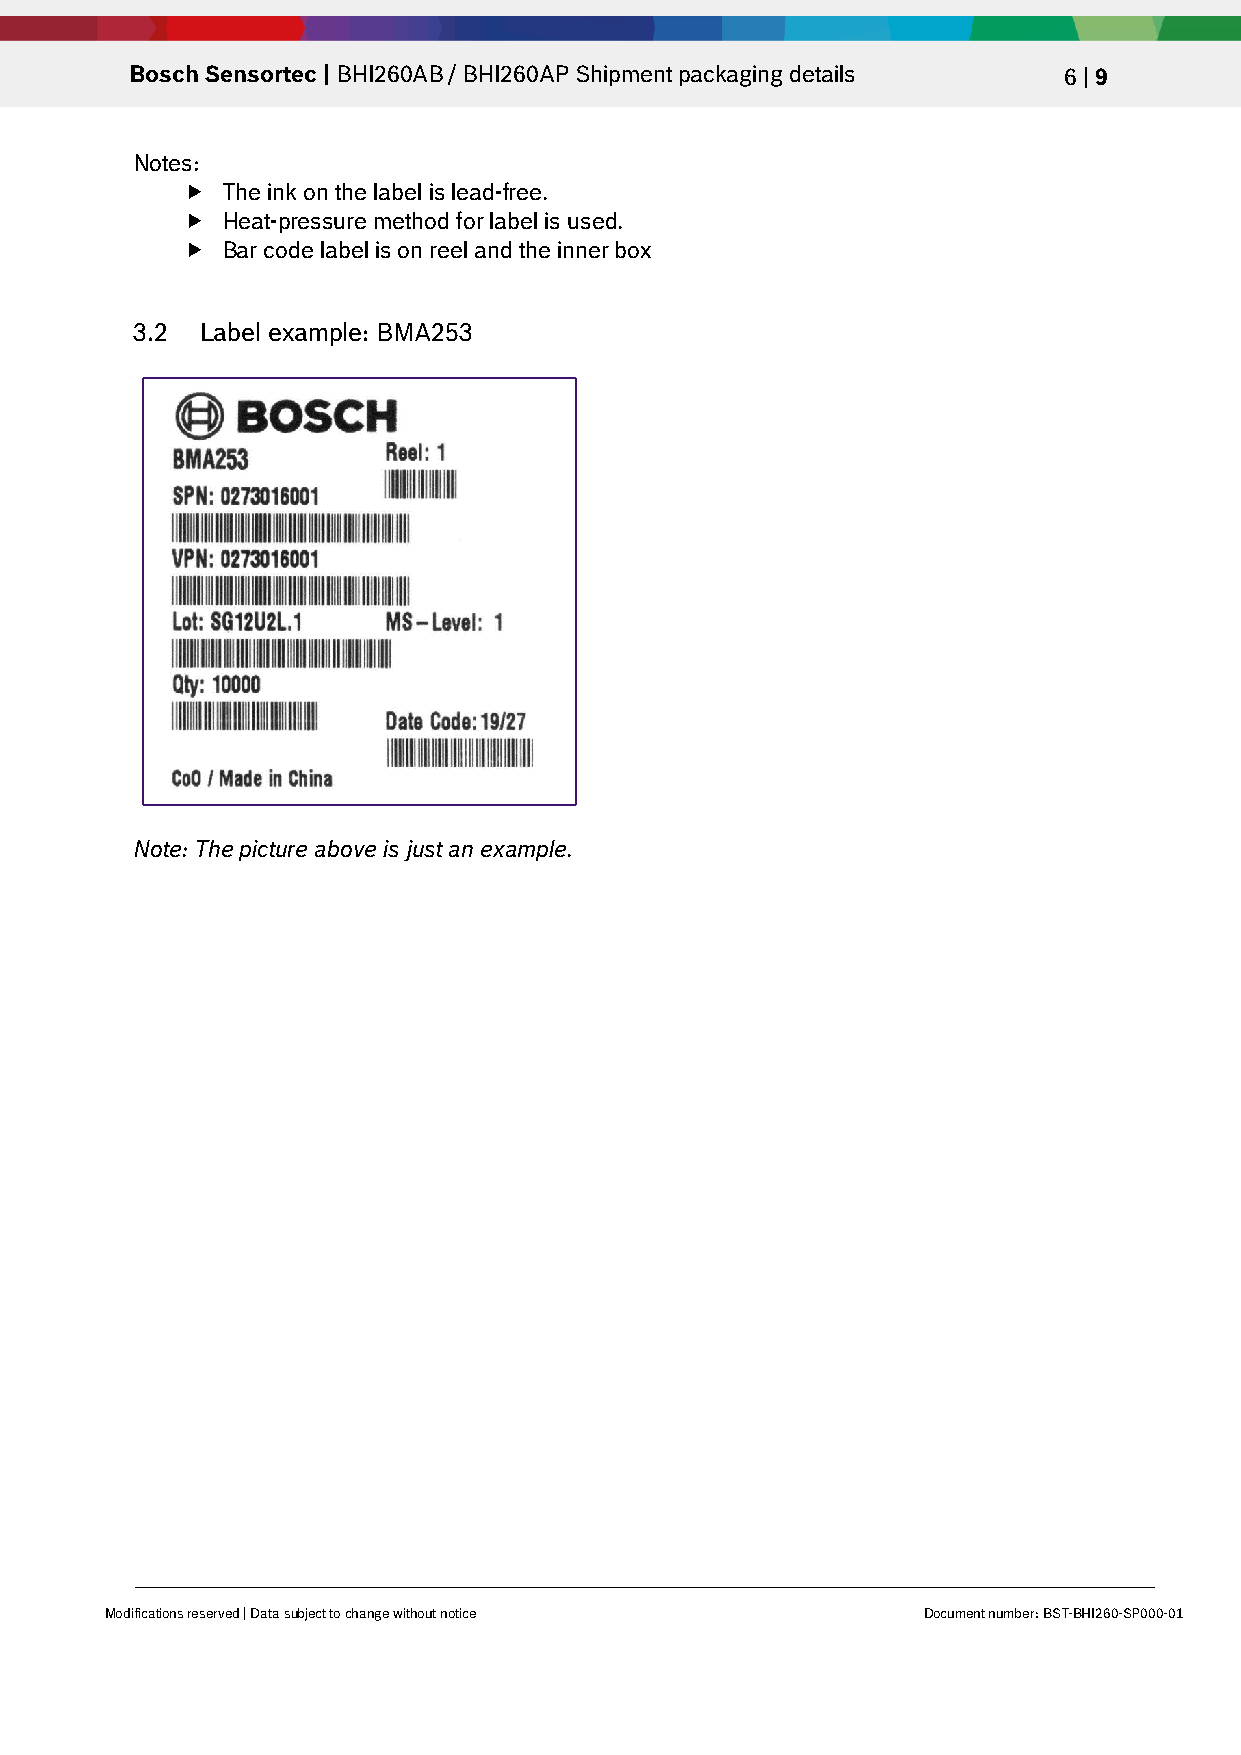
Bosch Sensortec | BHI260AB / BHI260AP Shipment packaging details 6 | 9
 Notes:
   The ink on the label is lead-free.
   Heat-pressure method for label is used.
   Bar code label is on reel and the inner box
 3.2 Label example: BMA253
 Note: The picture above is just an example.
 Modifications reserved | Data subject to change without notice Document number: BST-BHI260-SP000-01